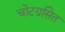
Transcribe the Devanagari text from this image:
चोटग्रसित